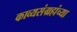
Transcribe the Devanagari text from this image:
काव्यसंग्रहांच्या